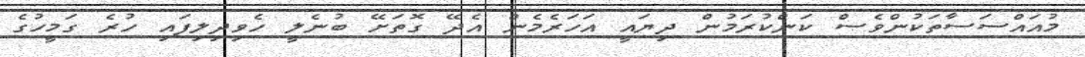
މުއައްސަސާތަކުންވެސް ކަންކުރަމުން ދިޔައީ އަހަރެމެން އެދޭ ގޮތަށޭ ބުނެލީ ހެވިދިލިފައި ހުރެ ގަމީހުގެ